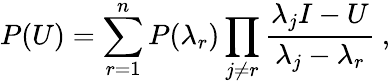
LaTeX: P(U)=\sum_{r=1}^{n}P(\lambda_{r})\prod_{j\not=r}{\frac{\lambda_{j}I-U}{\lambda_{j}-\lambda_{r}}}\ ,